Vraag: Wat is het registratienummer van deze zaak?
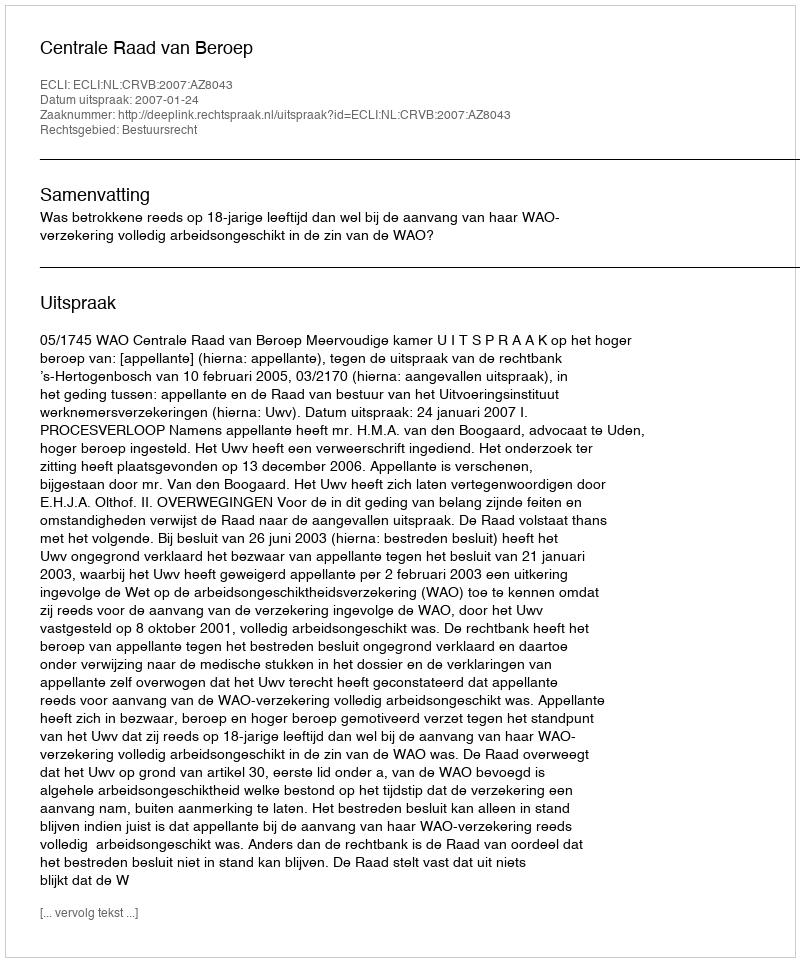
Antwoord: http://deeplink.rechtspraak.nl/uitspraak?id=ECLI:NL:CRVB:2007:AZ8043